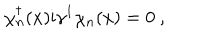
LaTeX: \chi _ { n } ^ { \dagger } ( x ) \mathrm { i } \gamma ^ { 1 } \chi _ { n } ( x ) = 0 \ ,